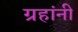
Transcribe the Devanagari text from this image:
ग्रहांनी